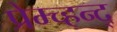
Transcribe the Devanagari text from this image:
प्रेम्च्हन्द्